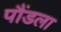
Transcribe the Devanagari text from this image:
पौंडला